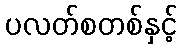
ပလတ်စတစ်နှင့်